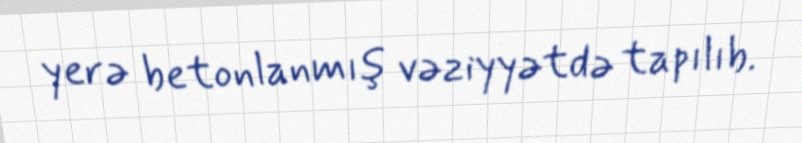
yerə betonlanmış vəziyyətdə tapılıb.